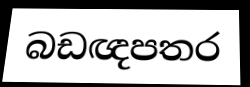
බඩඥපතර